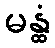
မန္ထံ